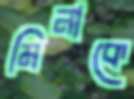
মিনাকে